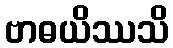
ဗာဓယိဿသိ